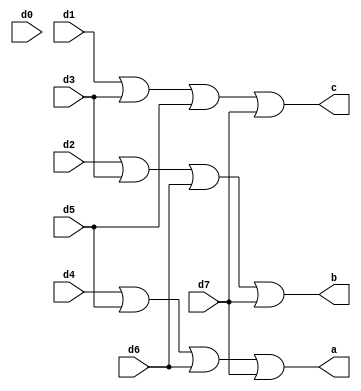
`timescale 1ns / 1ps
//////////////////////////////////////////////////////////////////////////////////
// Company: 
// Engineer: 
// 
// Design Name: 
// Module Name: Enc83
// Project Name: 
// Target Devices: 
// Tool Versions: 
// Description: 
// 
// Dependencies: 
// 
// Revision:
// Revision 0.01 - File Created
// Additional Comments:
// 
//////////////////////////////////////////////////////////////////////////////////


module Enc83(d0, d1, d2, d3, d4, d5, d6, d7, a, b, c) ;
    input d0,d1,d2,d3,d4,d5,d6,d7;
    output a,b,c;
    or(a,d4,d5,d6,d7);
    or(b,d2,d3,d6,d7);
    or(c,d1,d3,d5,d7);
endmodule